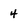
Character: 4